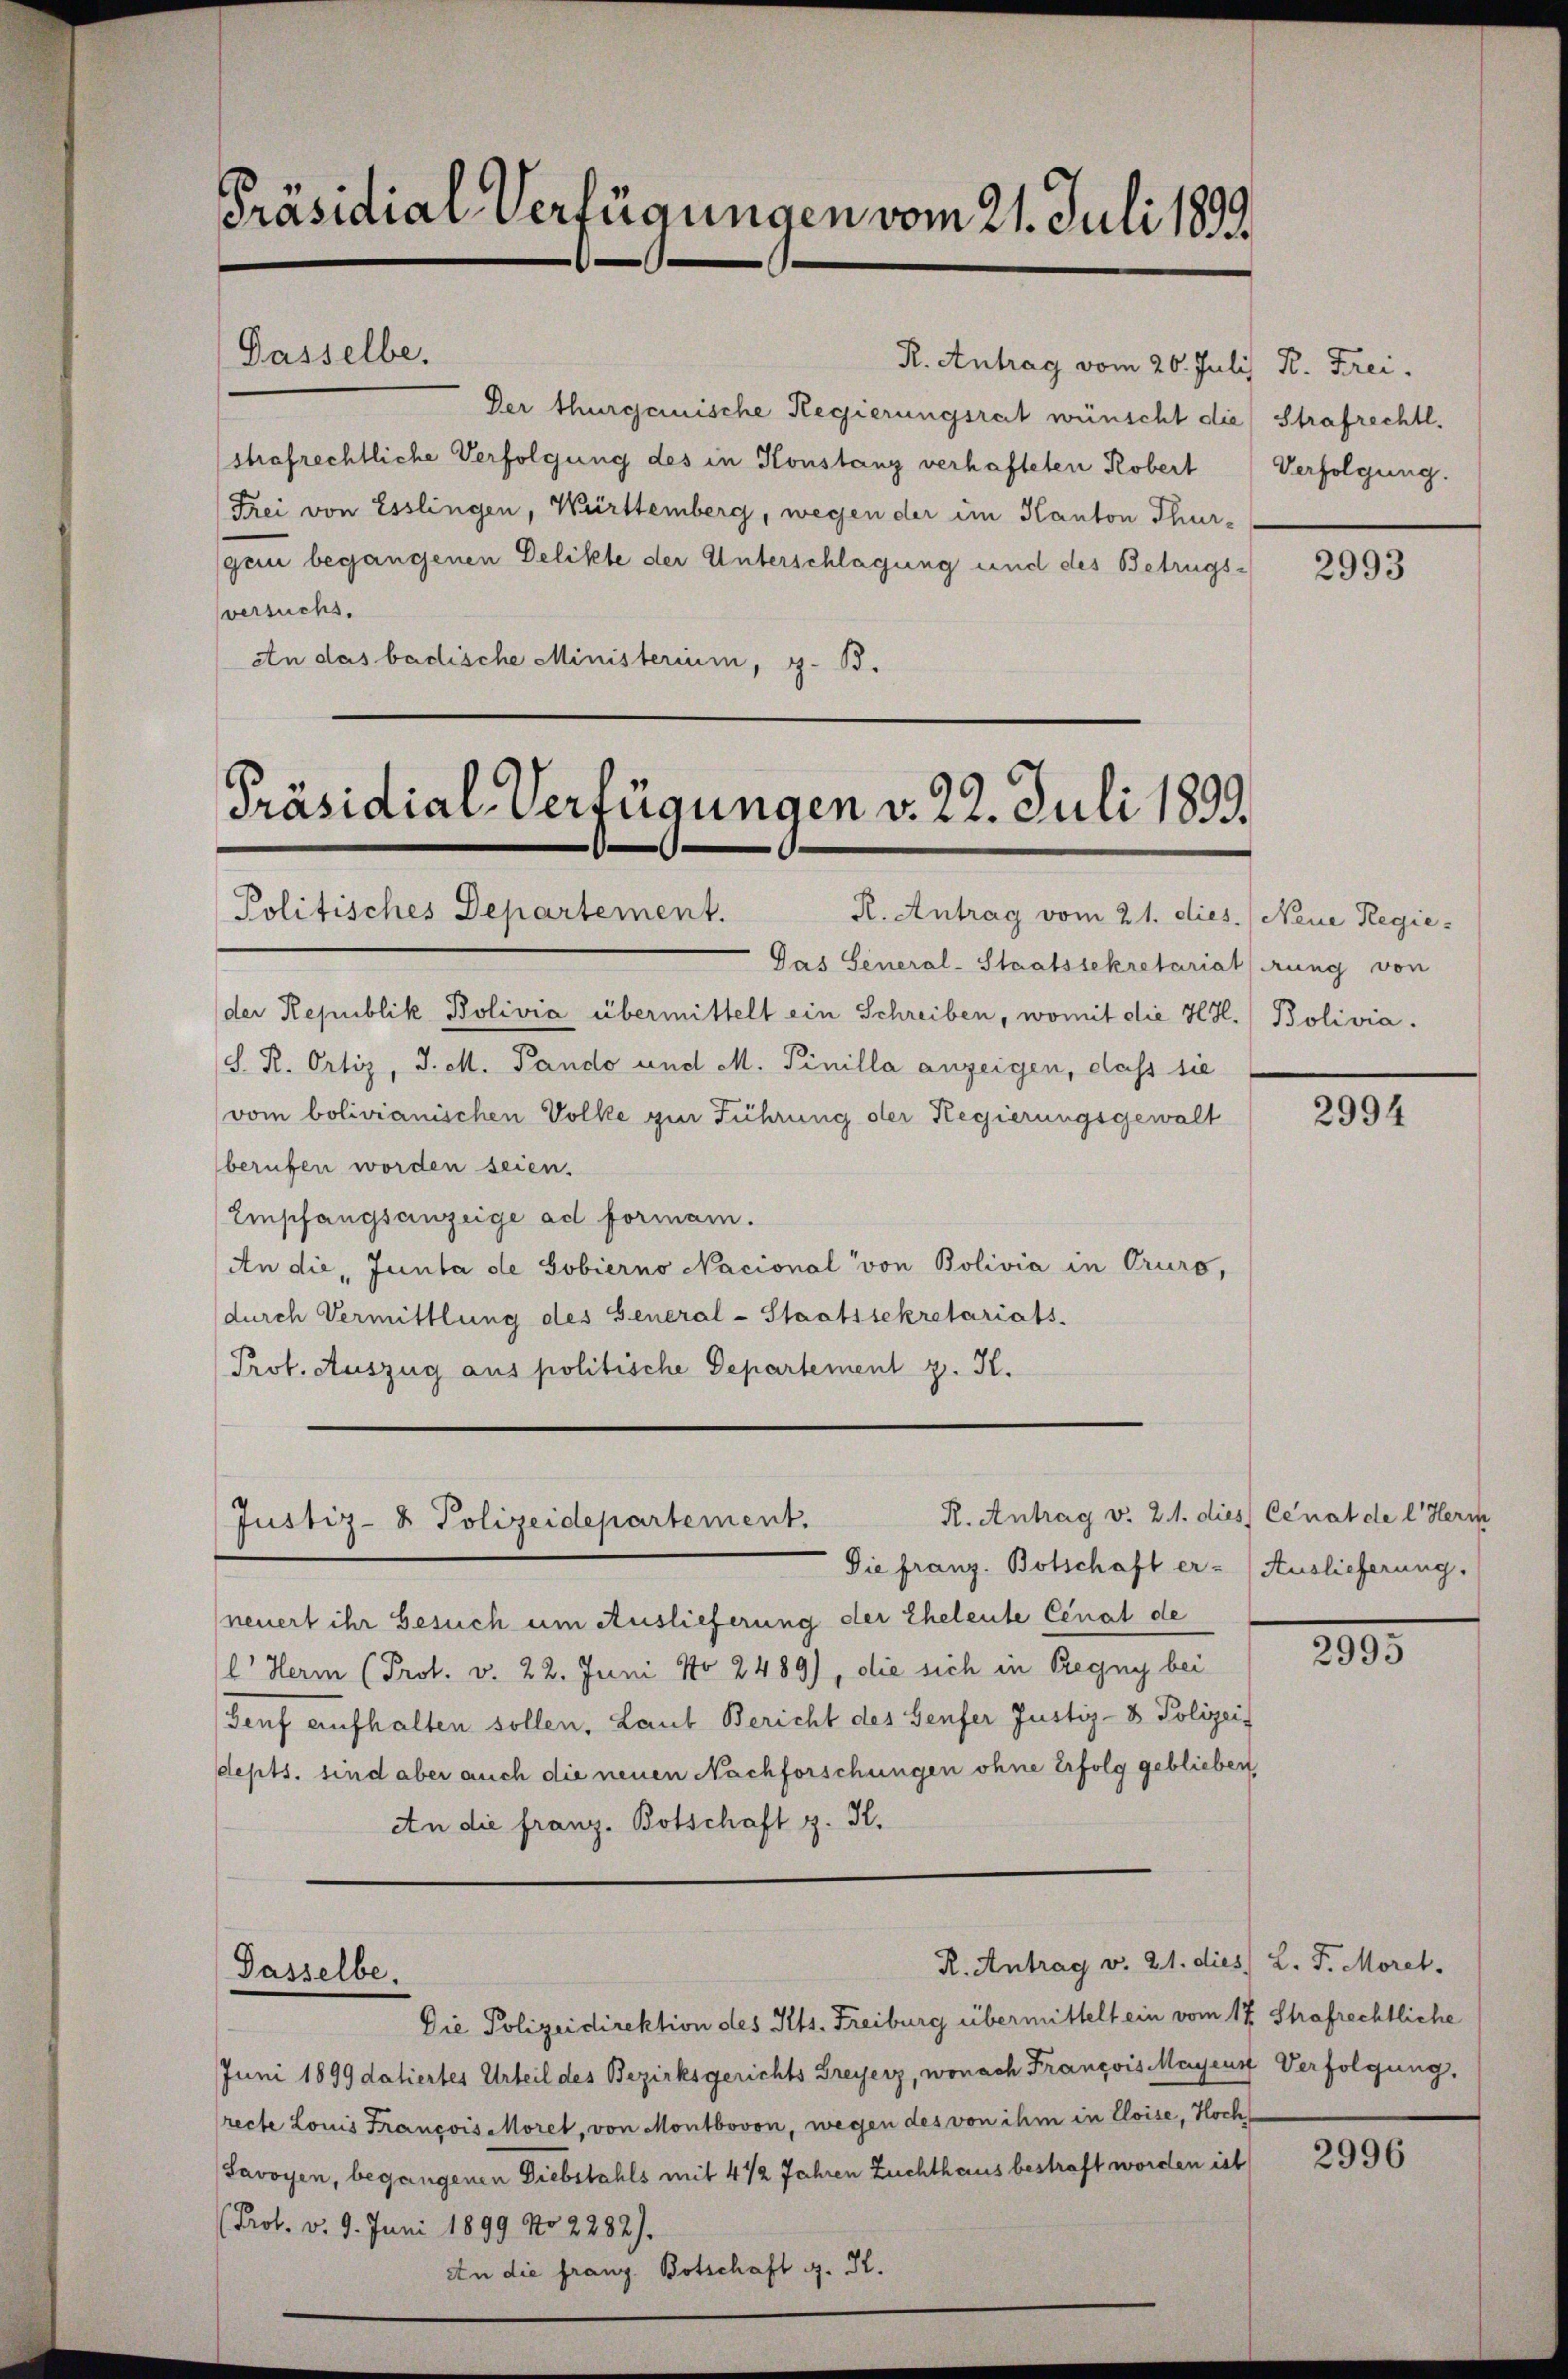
Präsidial-Verfügungen vom 21. Juli 1892.

Der thurgauische Regierungsrat wünscht die Strafrechtl.
strafrechtliche Verfolgung des in Konstanz verhafteten Robert
Frei von Esslingen, Württemberg, wegen der im Kanton Thur-
gei begangenen Delikte der Unterschlagung und des Betrugsversuchs.
An das badische Ministerium, z. B.

Dasselbe.

Präsidial-Verfügungen v. 22. Juli 1893.

Politisches Departement.
Das General-Staatssekretariat (drung von
der Republik Bolivia übermittelt ein Schreiben, womit die H. Bolivia.
S. R. Ortiz, J. M. Pando und M. Pinilla anzeigen, dass sie
vom bolivianischen Volke zur Führung der Regierungsgewalt
berufen worden seien.
Empfangsanzeige ad formann.
An die Junta de Gobierno Nacional von Bolivia in Truro,
durch Vermittlung des General-Staatssekretariats-
Prof. Auszug aus politische Departement z. H.

R. Antrag vom 21. dies. Neue Regie-

R. Antrag v. 21. dies Cenat de l. Herm
Justiz- & Polizeidepartement.

Passelbe.

R. Antrag vom 20. Juli) Dr. Frei

Die franz. Botschaft er - Auslieferung.
neuert ihr Besuch um Auslieferung der Eheleute Cenat de
l Herm (Prof. v. 22. Juni No 2489), die sich in Regny bei
Genf aufhalten sollen, Laut Bericht des Genfer Justiz- & Polizei
depts. sind aber auch die neuen Nachforschungen ohne Erfolg geblieben
An die franz. Botschaft z. H.

R. Antrag v. 21. dies L. J. Morel,

Die Polizeidirektion des Kts. Freiburg übermittelt ein vom 17 Strafrechtliche
Juni 1899 datiertes Urteil des Bezirksgerichts Greyerz, wonach François Mayens Verfolgung,
recte Louis François Moret, von Montbovon, wegen des von ihm in Cloise, Hoch¬
Savoyen, begangenen Diebstahls mit 4 1/2 Jahren Zuchthaus bestraft worden ist,
Prof. v. 9. Juni 1899 No 2282).
An die franz Botschaft g. K.

Verfolgung.

2993

2994

2995

2996